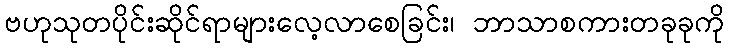
ဗဟုသုတပိုင်းဆိုင်ရာများလေ့လာစေခြင်း၊ ဘာသာစကားတခုခုကို